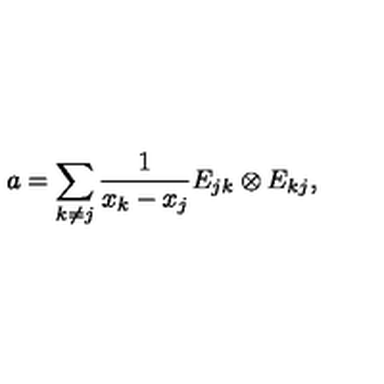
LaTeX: a = \sum _ { k \neq j } \frac { 1 } { x _ { k } - x _ { j } } E _ { j k } \otimes E _ { k j } ,